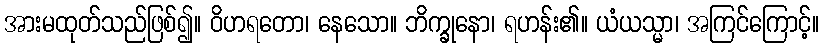
အားမထုတ်သည်ဖြစ်၍။ ဝိဟရတော၊ နေသော။ ဘိက္ခုနော၊ ရဟန်း၏။ ယံယသ္မာ၊ အကြင်ကြောင့်။